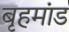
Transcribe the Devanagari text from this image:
बृहमांड